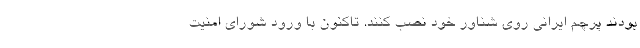
بودند پرچم ایرانی روی شناور خود نصب کنند. تاکنون با ورود شورای امنیت